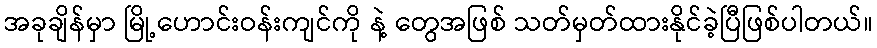
အခုချိန်မှာ မြို့ဟောင်းဝန်းကျင်ကို နဲ့ တွေအဖြစ် သတ်မှတ်ထားနိုင်ခဲ့ပြီဖြစ်ပါတယ်။